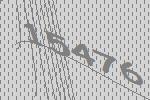
15476